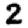
Digit: 2